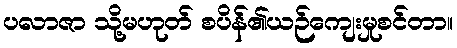
ပလာဇာ သို့မဟုတ် စပိန်၏ယဉ်ကျေးမှုစင်တာ။